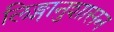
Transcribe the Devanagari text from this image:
लिङ्गानुशासन